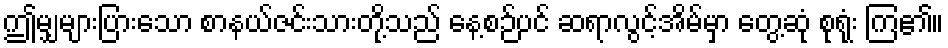
ဤမျှများပြားသော စာနယ်ဇင်းသားတို့သည် နေ့စဉ်ပင် ဆရာလွင့်အိမ်မှာ တွေ့ဆုံ စုရုံး ကြ၏။